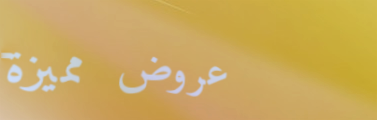
عروض مميزة